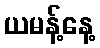
ယမန့်နေ့